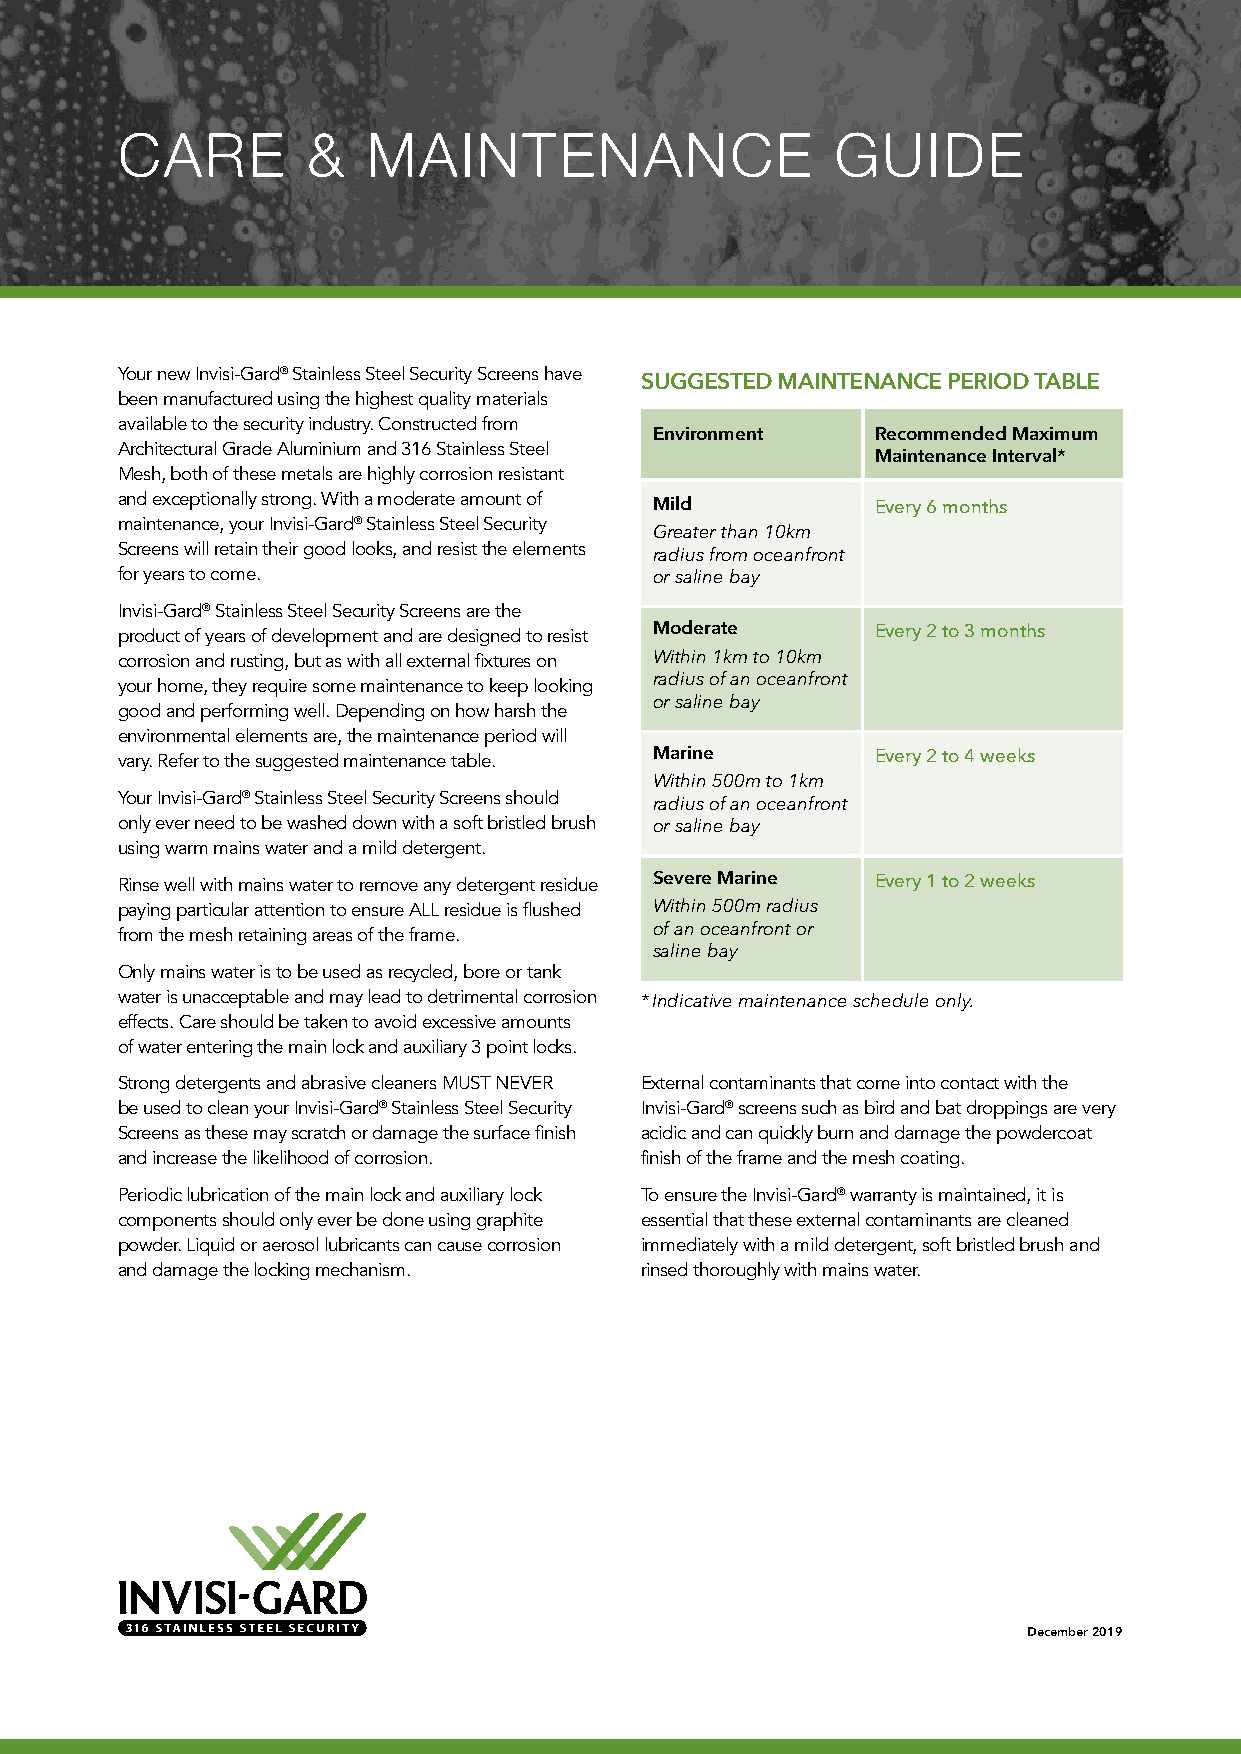
CARE        &   MAINTENANCE                    GUIDE
 Your new Invisi-Gard® Stainless Steel Security Screens have
 SUGGESTED MAINTENANCE PERIOD TABLE
 been manufactured using the highest quality materials
 available to the security industry. Constructed from
 Environment    Recommended Maximum
 Architectural Grade Aluminium and 316 Stainless Steel
 Maintenance Interval*
 Mesh, both of these metals are highly corrosion resistant
 and exceptionally strong. With a moderate amount of
 Mild           Every 6 months
 maintenance, your Invisi-Gard® Stainless Steel Security
 Greater than 10km
 Screens will retain their good looks, and resist the elements
 radius from oceanfront
 for years to come.                 or saline bay
 Invisi-Gard® Stainless Steel Security Screens are the
 product of years of development and are designed to resist Moderate Every 2 to 3 months
 corrosion and rusting, but as with all external fixtures on Within 1km to 10km
 your home, they require some maintenance to keep looking radius of an oceanfront
 or saline bay
 good and performing well. Depending on how harsh the
 environmental elements are, the maintenance period will
 vary. Refer to the suggested maintenance table. Marine Every 2 to 4 weeks
 Within 500m to 1km
 Your Invisi-Gard® Stainless Steel Security Screens should
 radius of an oceanfront
 only ever need to be washed down with a soft bristled brush or saline bay
 using warm mains water and a mild detergent.
 Rinse well with mains water to remove any detergent residue Severe Marine Every 1 to 2 weeks
 paying particular attention to ensure ALL residue is flushed Within 500m radius
 from the mesh retaining areas of the frame. of an oceanfront or
 saline bay
 Only mains water is to be used as recycled, bore or tank
 water is unacceptable and may lead to detrimental corrosion
 * Indicative maintenance schedule only.
 effects. Care should be taken to avoid excessive amounts
 of water entering the main lock and auxiliary 3 point locks.
 Strong detergents and abrasive cleaners MUST NEVER External contaminants that come into contact with the
 be used to clean your Invisi-Gard® Stainless Steel Security Invisi-Gard® screens such as bird and bat droppings are very
 Screens as these may scratch or damage the surface finish acidic and can quickly burn and damage the powdercoat
 and increase the likelihood of corrosion. finish of the frame and the mesh coating.
 Periodic lubrication of the main lock and auxiliary lock To ensure the Invisi-Gard® warranty is maintained, it is
 components should only ever be done using graphite essential that these external contaminants are cleaned
 powder. Liquid or aerosol lubricants can cause corrosion immediately with a mild detergent, soft bristled brush and
 and damage the locking mechanism. rinsed thoroughly with mains water.
 December 2019